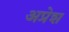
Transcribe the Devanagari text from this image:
अप्रेश